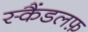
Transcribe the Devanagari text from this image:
स्कैंडलफ़